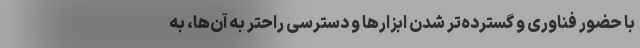
با حضور فناوری و گسترده‌تر شدن ابزارها و دسترسی راحتر به آن‌ها، به